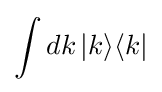
\int dk\,|k\rangle \langle k|